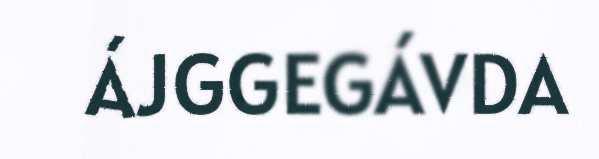
ÁJGGEGÁVDA